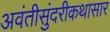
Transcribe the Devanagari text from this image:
अवंतीसुंदरीकथासार